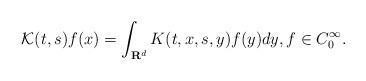
LaTeX: \begin{align*}\mathcal{K}(t,s)f(x)=\int_{\mathbf{R}^{d}}K(t,x,s,y)f(y)dy, f \in C_0^\infty.\end{align*}